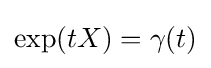
\exp(tX)=\gamma (t)